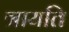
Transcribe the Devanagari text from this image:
त्रायति